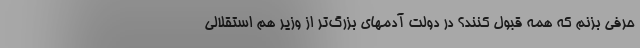
حرفی بزنم که همه قبول کنند؟ در دولت آدمهای بزرگ‌تر از وزیر هم استقلالی